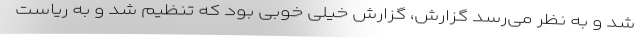
شد و به نظر می‌رسد گزارش، گزارش خیلی خوبی بود که تنظیم شد و به ریاست